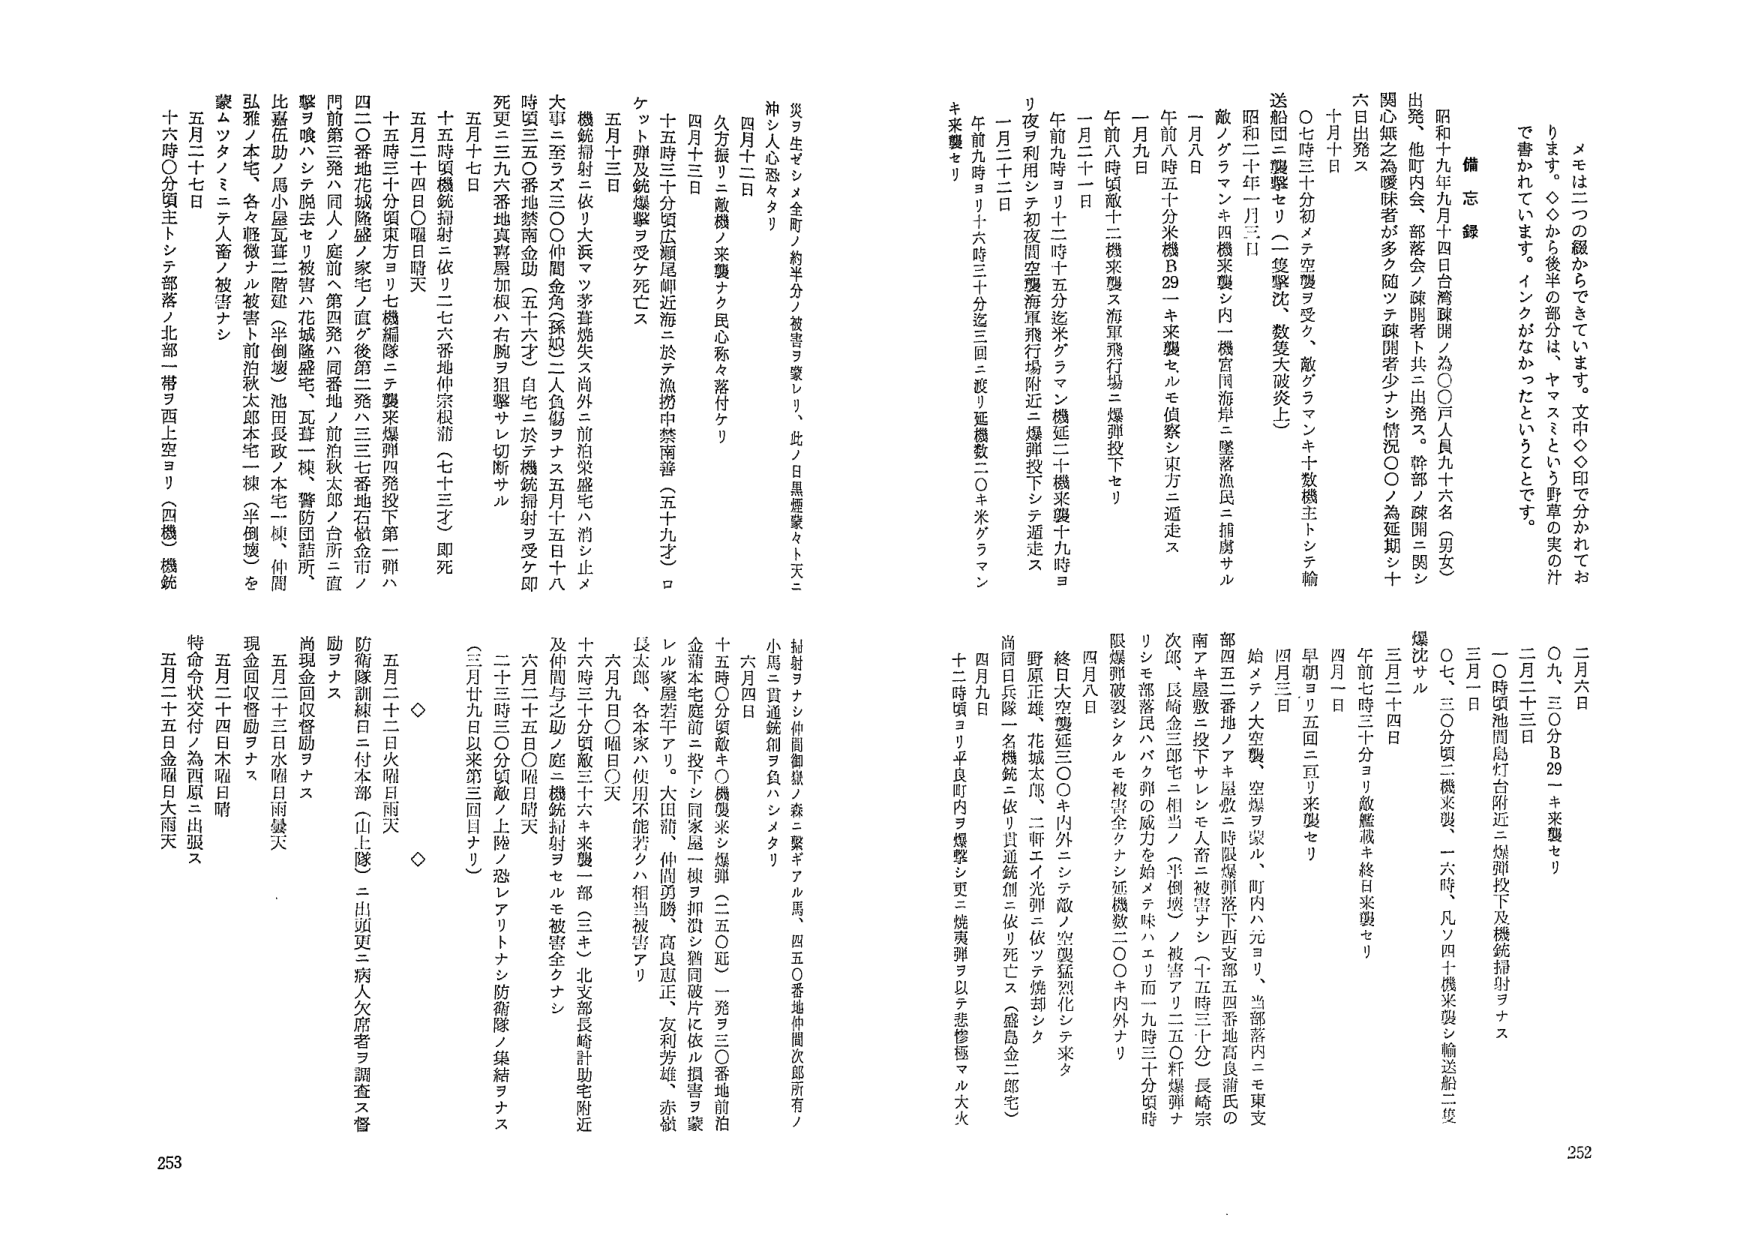
メモは二つの綴からできています。文中◇印で分かれております。◇◇から後半の部分は、ヤマスミという野草の実の汁で書かれています。インクがなかったということです。

備忘録

昭和十九年九月十四日台湾疎開ノ為〇〇戸人員九十六名（男女）出発、他町内会、部落会ノ疎開者ト共ニ出発ス。幹部ノ疎開ニ関シ関心無之為暖味者が多ク随ツテ疎開者少ナシ情況〇〇ノ為延期シ十 六日出発ス

十月十日

〇七時三十分初メテ空襲ヲ受ク、敵グラマンキ十数機主トシテ輸送船団二襲撃セリ（一隻撃沈、数隻大破炎上）

昭和二十年一月三日

敵ノグラマンキ四機来襲シ内一機宮国海岸二墜落漁民二捕虜サル

一月八日

午前八時五十分米機B29一キ来襲セルモ偵察シ東方ニ遁走ス

一月九日

午前八時頃敵十二機来襲ス海軍飛行場二爆弾投下セリ

一月二十一日

午前九時ヨリ十二時十五分迄米グラマン機延二十機来襲ナナ時ヨリ夜ヲ利用シテ初夜間空襲海軍飛行場附近二爆弾投下シテ遁走ス

一月二十二日

午前九時ヨリ十六時三十分迄三回ニ渡リ延爆数二〇キ米グラマンキ来襲セリ

災ヲ生ゼシメ全町ノ約半分ノ被害ヲ蒙レリ、此ノ日黒屋家々ト天二沖シ人心惑々タリ

四月十二日

久方振リ二敵機（）来襲ナク民心称々落付ケリ

四月十三日

十五時三十分頃広瀬尾岬近海二於テ漁撈中禁南善（五十九才）ロケット弾及銃爆撃ヲ受ケ死ニス

五月十三日

機銃掃射二依リ大浜マツ孝喜焼失ス尚外二前泊栄盛宅ハ消防止メ大事二至ラズ三〇〇仲間金角（孫娘）二人負傷ヲナス五月十五日十八時頃三五〇番地禁南金助（五十六才）自宅二於テ機銃掃射ヲ受ケ即死更三三九六番地真賀屋加根ハ右腕ヲ狙撃サレ切断サル

五月十七日

十五時頃機銃掃射二依リ二七六番地仲宗根清（七十三才）即死

五月二十四日〇曜日晴天

十五時三十分頃東方ヨリ七機編隊二テ襲来爆弾四発投下第一弾ハ四二〇番地花城隆盛家宅二直ク後第二発ハ三七三七番地石嶺金市ノ門前第三発ハ同人ノ庭前へ第四発ハ同番地ノ前泊秋太郎ノ台所二直撃ヲ喰ハシテ退去セリ被害ハ花城隆盛宅、瓦葺一棟、警防団詰所、比嘉伍助ノ馬小屋瓦葺二階建（半倒壊）池田長政ノ本宅一棟、仲間弘雅ノ本宅、各々軽微ナル被害ト前泊秋太郎本宅一棟（半倒壊）を蒙ムツタノミ二テ人窓ノ被害ナシ

五月二十七日

十六時〇分頃主トシテ部落ノ北部一帯ヲ西上空ヨリ（四機）機銃

二月六日

〇九三〇分B29一キ来襲セリ

二月二十三日

〇時頃池間島灯台附近二爆弾投下及機銃掃射ヲナス

三月一日

〇七三〇分頃二機来襲、一六時、凡ソ四十機来襲シ輸送船二隻爆沈サル

三月二十四日

午前七時三十分ヨリ敵艦載キ終日米襲セリ

四月一日

早朝ヨリ五回二亘リ来襲セリ

四月三日

始メテノ大空襲、空爆ヲ喫ル、町内ハ元ヨリ、当部落内二モ東支部四五二番地ノアキ屋敷二時限爆弾落下西支部五四番地高良浦氏の南アキ屋敷二投下サレシモ人窓二被害ナシ（十五時三十分）長崎宗次郎、長崎金三郎宅二相当ノ半倒壊、ノ被害アリ二五〇粁爆弾ナリシモ部落民ハパク弾の威力を始メテ味ハエリ而一九時三十分頃時限爆弾破裂シタルモ被害全クナシ延機数二〇キ内外ナリ

四月八日

終日大空襲延三〇〇キ内外ニテ敵ノ空襲猛烈化シテ来タ野原正雄、花城太郎、二軒エイ光弾二依ツテ焼却シク尚同日兵隊一名機銃二依リ貫通銃創二依リ死亡ス（盛島金二郎宅）

四月九日

十二時頃ヨリ平良町内ヲ爆撃シ更二焼夷弾ヲ以テ悲惨極マル大火

射剣ヲナシ仲間御銀ノ森二緊キアル馬、四五〇番地仲間次郎所有ノ小馬二貫通銃創ヲ負ハシメタリ

六月四日

十五時〇分頃敵キ〇機襲来シ爆弾（二五〇粁）一発ヲ三〇番地前泊金蒲本宅庭前二投下シ同家屋一棟ヲ扣潰シ銅筒破片に依ル損害ヲ蒙レル家屋若干ナリ。大田清、仲間勇勝、高良恵正、友利芳雄、赤嶺長太郎、各本家ハ使用不能若クハ相当被害アリ

六月九日〇曜日〇天

十六時三十分頃敵三十六キ来襲二部（三キ）北支部長崎計助宅附近及仲間与之助ノ庭二機銃掃射ヲセルモ被害全クナシ

六月二十五日〇曜日晴天

二十時三〇分頃敵ノ上陸ノ恐レアリトナシ防衛隊ノ集結ヲナス（三月廿九日以来第三回目ナリ）

五月二十二日火曜日雨天

防衛隊訓練日二付本部（山上隊）二出頭更二病人欠席者ヲ調査ス督励ヲナス

尚現金回収啓勧ヲナス

五月二十三日水曜日雨曇天

現金回収啓勧ヲナス

五月二十四日木曜日晴

特命令状交付ノ為西原二出張ス

五月二十五日金曜日大雨天

◇

252

253